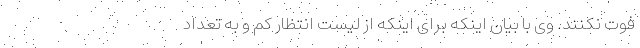
فوت نکنند. وی با بیان اینکه برای اینکه از لیست انتظار کم و به تعداد